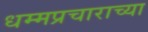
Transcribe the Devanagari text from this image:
धम्मप्रचाराच्या